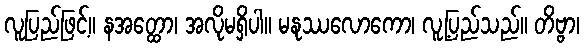
လူပြည်ဖြင့်။ နအတ္ထော၊ အလိုမရှိပါ။ မနုဿလောကော၊ လူ့ပြည်သည်။ တိဗ္ဗာ၊